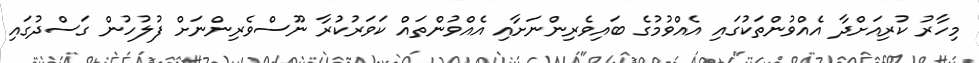
މިހާރު ކުރިއަށްދާ އެއްވުންތަކުގައި އެއްވުމުގެ ބައިވެރިންނަށާއި އެއްވުންތައް ކަވަރުކުރާ ނޫސްވެރިންނަށް ފުލުހުން ގަސްދުގައި